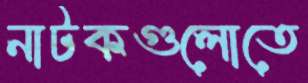
নাটকগুলোতে